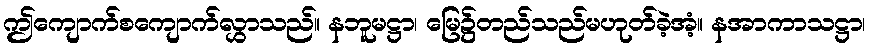
ဤကျောက်စကျောက်လွှာသည်။ နဘူမဋ္ဌာ၊ မြေ၌တည်သည်မဟုတ်ခဲ့အံ့။ နအာကာသဋ္ဌာ၊